Leaving Certificate Examination, 1925
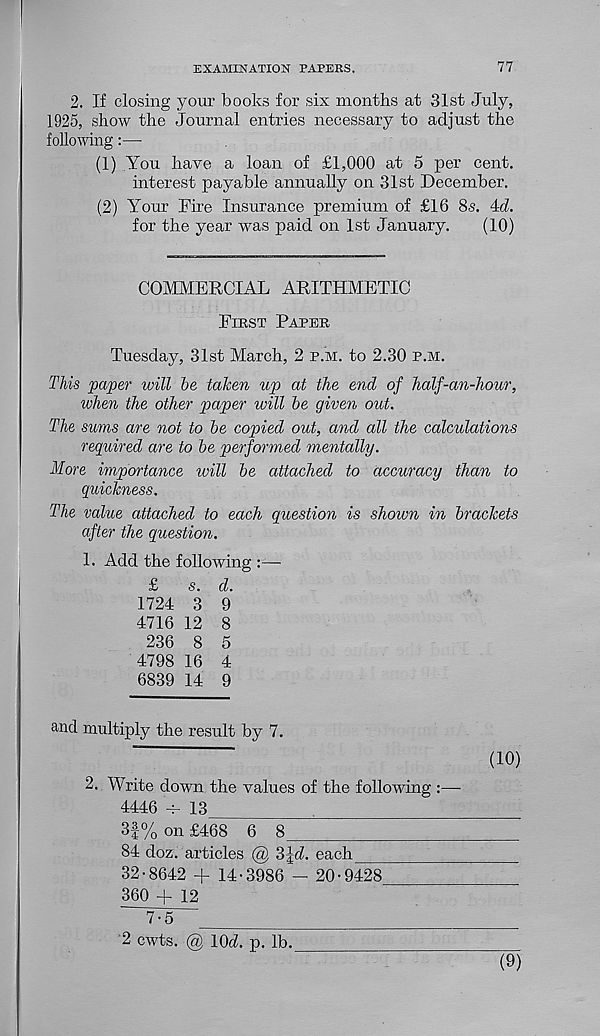
EXAMINATION PAPERS.
77
2. If closing your books for six months at 31st July,
1925, show the Journal entries necessary to adjust the
following:—
(1) You have a loan of £1,000 at 5 per cent.
interest payable annually on 31st December.
(2) Your Fire Insurance premium of £16 8s. 4d.
for the year was paid on 1st January.
(10)
COMMERCIAL ARITHMETIC
First Paper
Tuesday, 31st March, 2 p.m. to 2.30 p.m.
This paper will be taken up at the end of half-an-hour,
when the other paper will be given out.
The sums are not to be copied out, and all the calculations
required are to be performed mentally.
More importance will be attached to accuracy than to
quickness.
The value attached to each question is shown in brackets
after the question.
1. Add the following :—
£
s. d.
1724 3 9
4716 12 8
236 8 5
4798 16 4
6839 14 9
and multiply the result by 7.
"
~
(10)
2. Write down the values of the following :—-
4446 -r- 13
3f % on £468 6 8
84 doz. articles @ 3|d. each
32-8642 + 14-3986 - 20-9428
360 + 12
D5
2 cwts. @ lOd. p. lb.
(9)